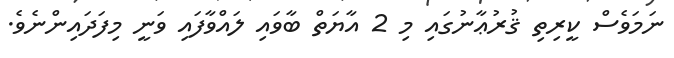
ނަމަވެސް ކީރިތި ޤުރުޢާނުގައި މި 2 އާޔަތް ބާވައި ލައްވާފައި ވަނީ މިފަދައިންނެވެ.